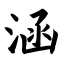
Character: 涵